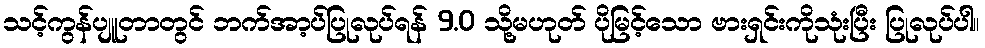
သင့်ကွန်ပျူတာတွင် ဘက်အာ့ပ်ပြုလုပ်ရန် 9.0 သို့မဟုတ် ပိုမြင့်သော ဗားရှင်းကိုသုံးပြီး ပြုလုပ်ပါ။